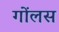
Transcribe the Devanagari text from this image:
गोंलस